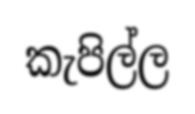
කැපිල්ල